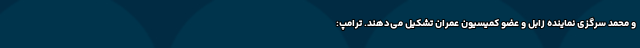
و محمد سرگزی نماینده زابل و عضو کمیسیون عمران تشکیل می‌دهند. ترامپ: